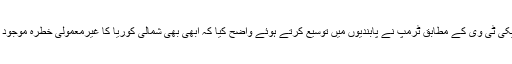
امریکی ٹی وی کے مطابق ٹرمپ نے پابندیوں میں توسیع کرتے ہوئے واضح کیا کہ ابھی بھی شمالی کوریا کا غیرمعمولی خطرہ موجود ہے۔